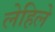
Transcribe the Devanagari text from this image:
लेहिले